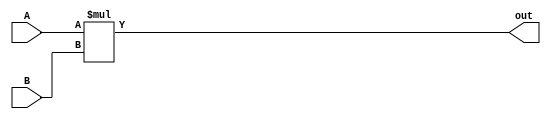
module Mult(A, B, out);

    parameter WIDTH = 32;

    input signed[WIDTH-1:0] A, B;
    output signed[WIDTH*2-1:0] out;

    assign out = A * B;


endmodule



module Mult_TB();
    reg [15:0] A, B;
    wire [31:0] out;

    Mult #(
        .WIDTH(16)
    ) mult (A, B, out);

    initial begin 
        A = 16'd14;
        B = 16'd16;
        #100;
        A = 16'd0;
        B = 16'd16;
        #100;
        A = 16'd30;
        B = 16'd16;
        #100;
        A = 16'd15;
        B = 16'd13;
        #100;
        $stop;


    end



endmodule